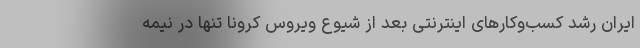
ایران رشد کسب‌وکارهای اینترنتی بعد از شیوع ویروس کرونا تنها در نیمه